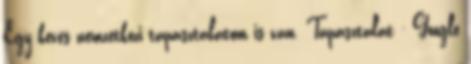
Egy kevés nemzetközi tapasztalatom is van. Tapasztalat - Google